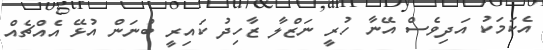
އެކަމަކު އަދިވެސް އޭނާ ހުރީ ނަޒްލާ ޒާހިދު ކައިރީ ބުނަން އުޅޭ އެއްޗެއް